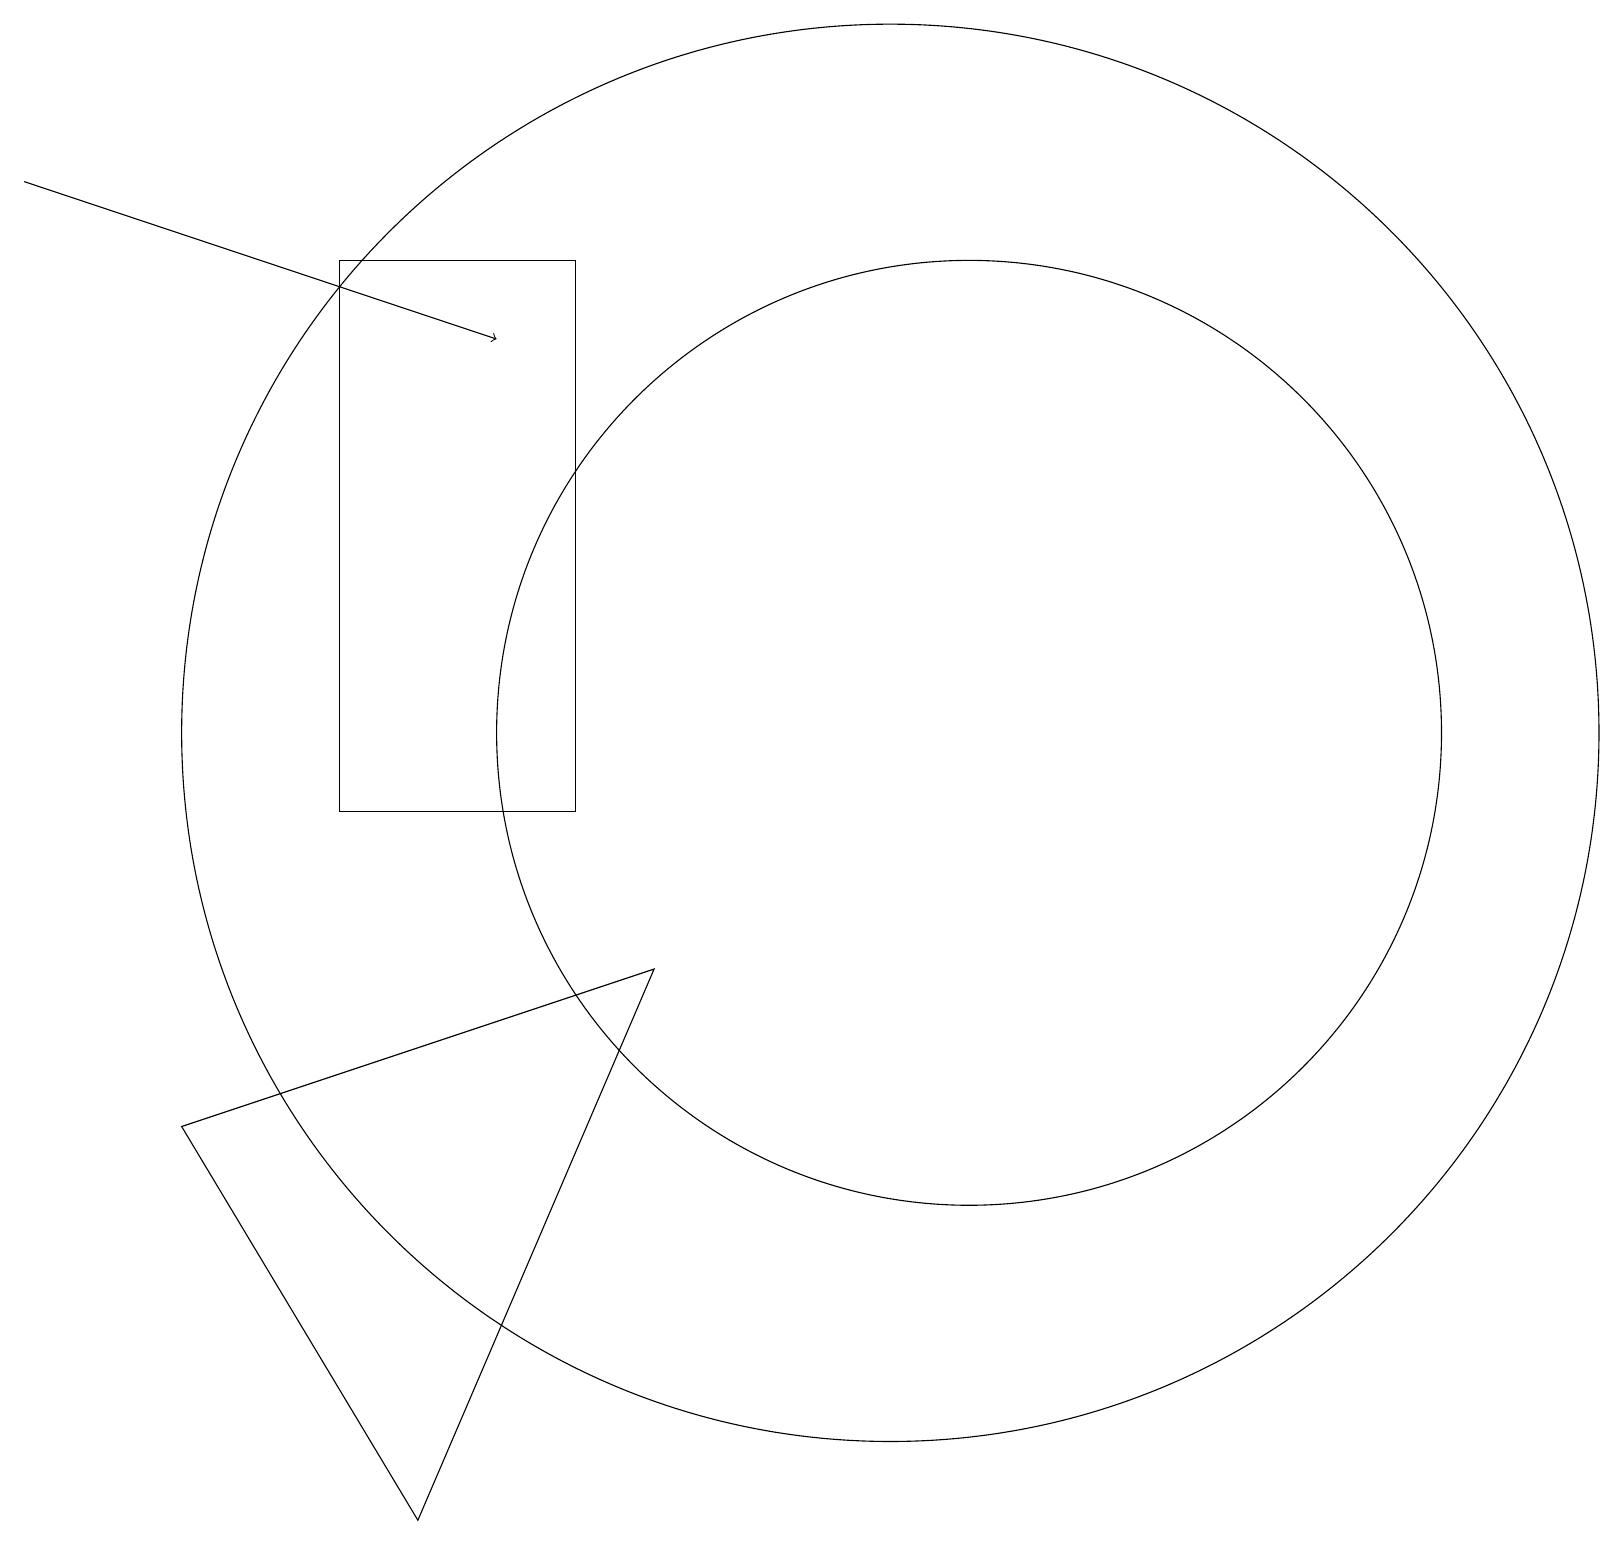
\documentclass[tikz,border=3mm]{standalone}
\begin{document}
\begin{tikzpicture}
\draw (11,11) circle (9);
\draw (4,10) rectangle (7,17);
\draw (12,11) circle (6);
\draw (5,1) -- (2,6) -- (8,8) -- cycle;
\draw[->] (0,18) -- (6,16);
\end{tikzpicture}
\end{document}